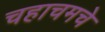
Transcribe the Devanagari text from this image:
चहाचमचे